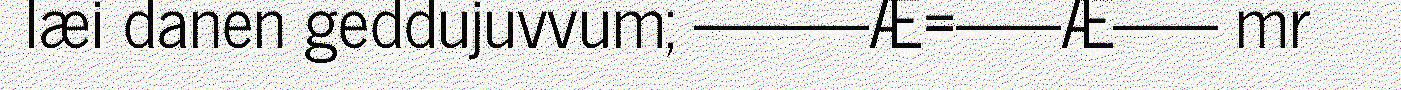
læi danen geddujuvvum; –––––Æ=–––Æ––– mr